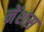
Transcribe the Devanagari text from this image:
नेंशस